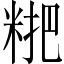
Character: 𥺕